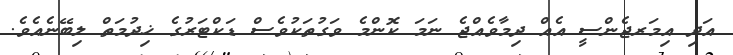
އަދި އިމަރޖެންސީ އެއް ދިމާވެއްޖެ ނަމަ ކޮންމެ ވަގުތަކުވެސް ޑަކްޓަރުގެ ޚިދުމަތް ލިބޭނެއެވެ.